Indian journal of veterinary science and animal husbandry - Volume 4,
Year: 1934
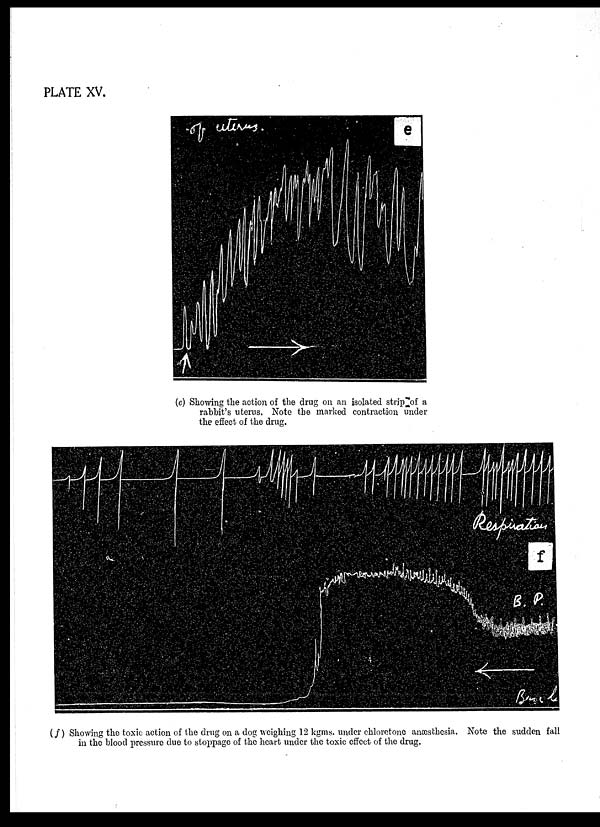
PLATE XV.
(e) Showing the action of the drug on an isolated strip of a
rabbit's uterus. Note the marked contraction under
the effect of the drug.
(f) Showing the toxic action of the drug on a dog weighing 12 kgms. under chloretone anæsthesia. Note the sudden fall
in the blood pressure due to stoppage of the heart under the toxic effect of the drug.